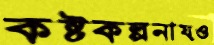
কষ্টকল্পনায়ও